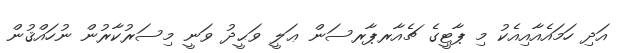
އަދި ހަމައެއާއިއެކު މި ޕާޓީގެ ޗެއާރޕާރސަން ޢަލީ ވަޙީދު ވަނީ މިސަރުކާރުން ނުހައްޤުން